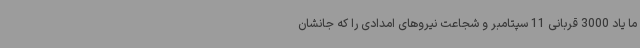
ما یاد 3000 قربانی 11 سپتامبر و شجاعت نیروهای امدادی را که جانشان